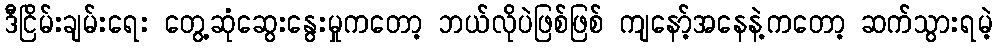
ဒီငြိမ်းချမ်းရေး တွေ့ဆုံဆွေးနွေးမှုကတော့ ဘယ်လိုပဲဖြစ်ဖြစ် ကျနော့်အနေနဲ့ကတော့ ဆက်သွားရမဲ့